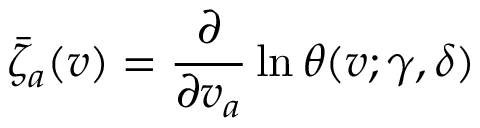
\bar { \zeta } _ { a } ( v ) = \frac { \partial } { \partial v _ { a } } \ln \theta ( v ; \gamma , \delta )